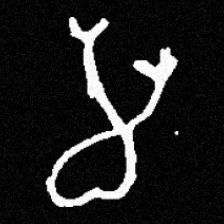
Pyu character \u2014 Myanmar letter: မ (romanized: ma)